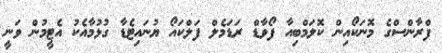
ފްރާންސްގެ މޮނަކޯއިން ކޮލަމްބިއާ ފޯވާޑް ރަޑަމެލް ފަލްކައޯ ޔުނައިޓެޑާ ގުޅުމާއެކު އެޓީމުން ވަނީ